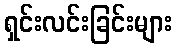
ရှင်းလင်းခြင်းများ